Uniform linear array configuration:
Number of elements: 64
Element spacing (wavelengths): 0.75
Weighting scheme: cosine
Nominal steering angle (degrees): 45
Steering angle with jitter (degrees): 44.38
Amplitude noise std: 0.05
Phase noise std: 0.05

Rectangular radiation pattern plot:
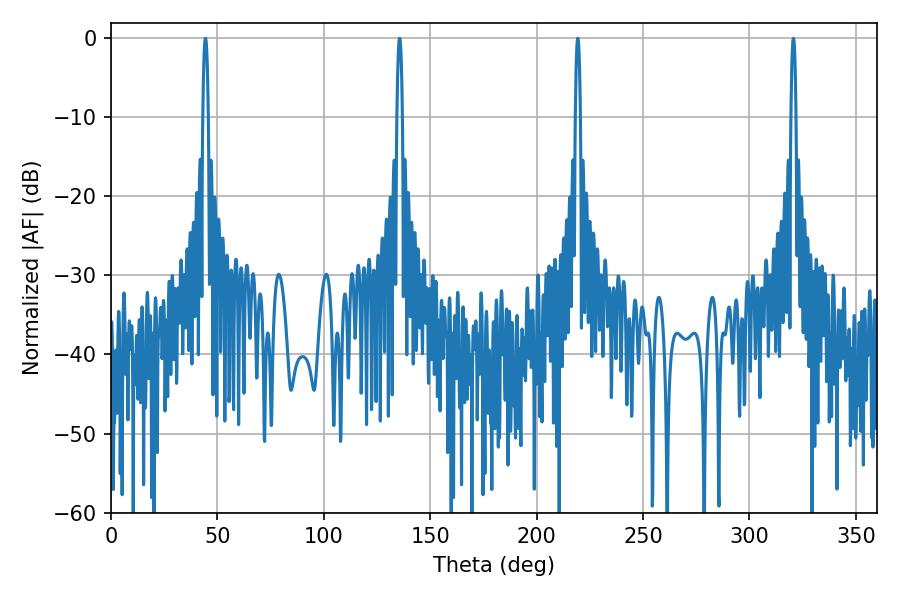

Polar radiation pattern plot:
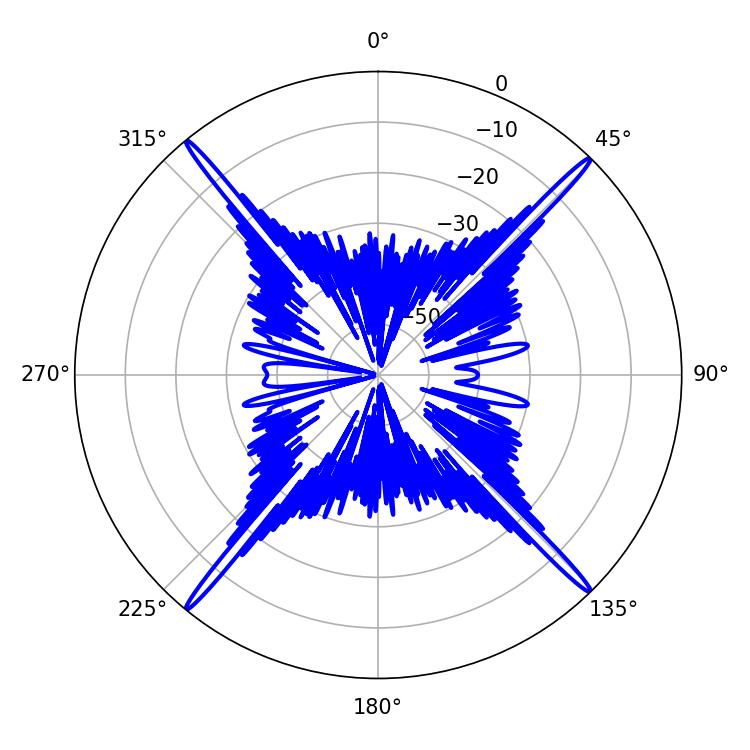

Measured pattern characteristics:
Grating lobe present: TRUE
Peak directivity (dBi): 24.698
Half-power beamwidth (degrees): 1.26
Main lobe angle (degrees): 135.54